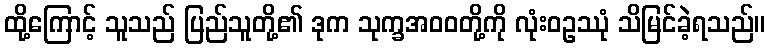
ထို့ကြောင့် သူသည် ပြည်သူတို့၏ ဒုက သုက္ခအဝဝတို့ကို လုံးဝဥဿုံ သိမြင်ခဲ့ရသည်။